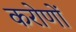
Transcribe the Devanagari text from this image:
करोणों